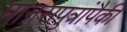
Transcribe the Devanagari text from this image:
मानसपुत्रांपैकी